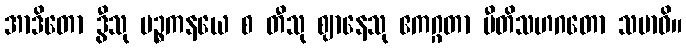
အာဒိတော ဒွီသု ပဉ္စကနယေ စ တီသု ဈာနေသု ဧကဂ္ဂတာ ပီတိသဟဂတော သမာဓိ။